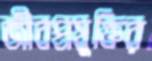
জীবপ্রযুক্তির